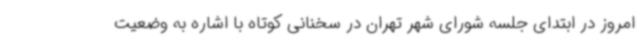
امروز در ابتدای جلسه شورای شهر تهران در سخنانی کوتاه با اشاره به وضعیت